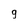
Character: 9